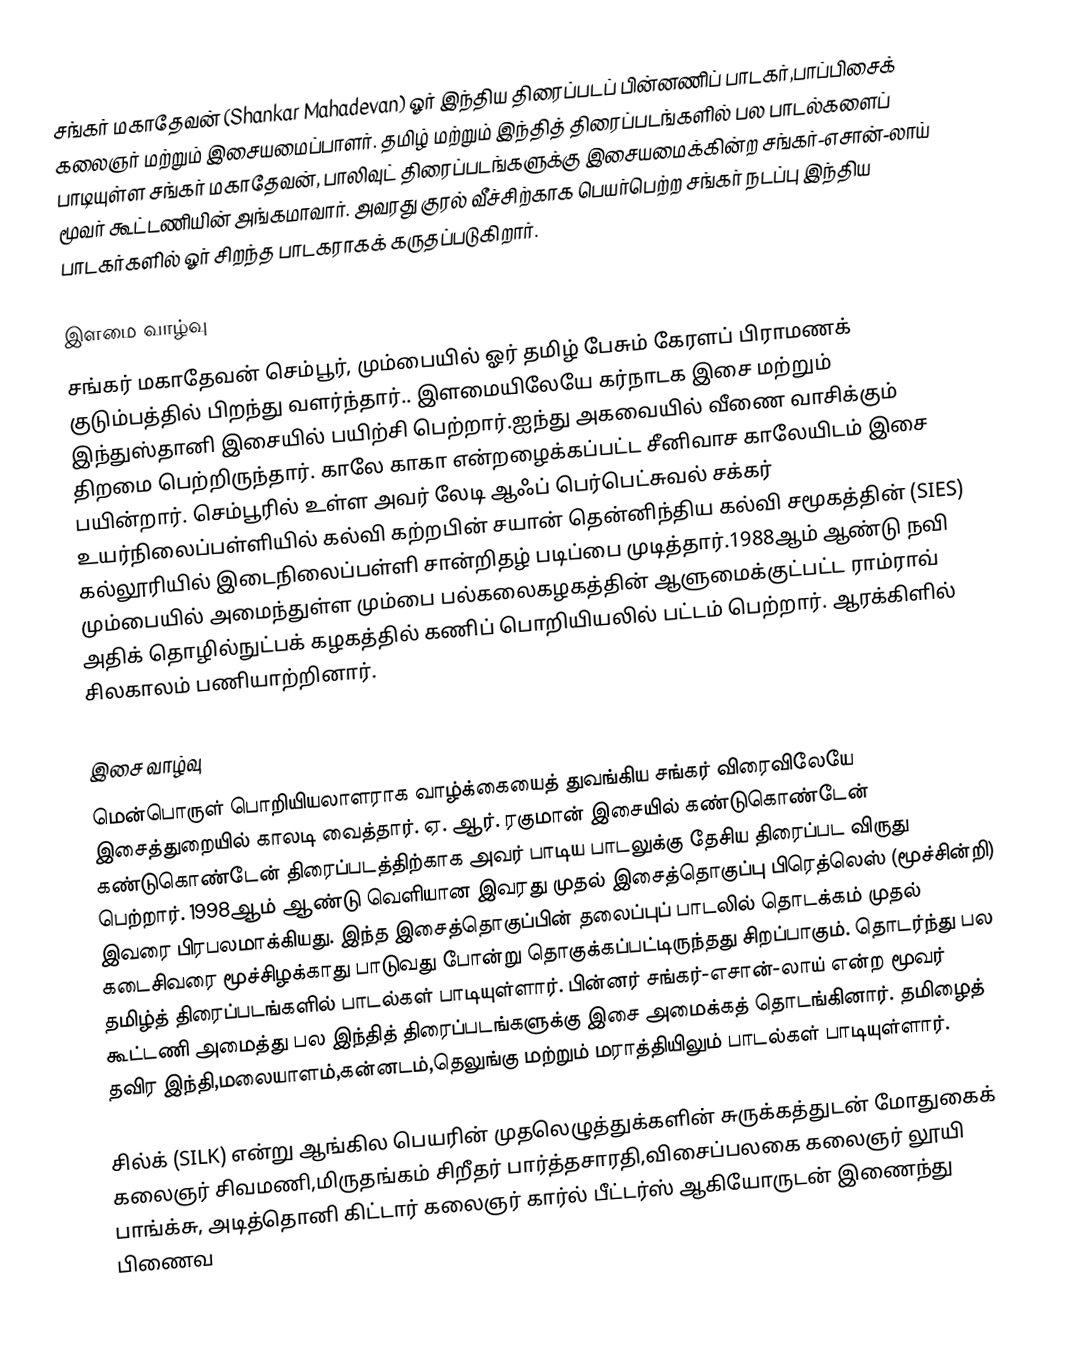
சங்கர் மகாதேவன் (Shankar Mahadevan) ஓர் இந்திய திரைப்படப் பின்னணிப் பாடகர்,பாப்பிசைக் கலைஞர் மற்றும் இசையமைப்பாளர். தமிழ் மற்றும் இந்தித் திரைப்படங்களில் பல பாடல்களைப் பாடியுள்ள சங்கர் மகாதேவன், பாலிவுட் திரைப்படங்களுக்கு இசையமைக்கின்ற சங்கர்-எசான்-லாய் மூவர் கூட்டணியின் அங்கமாவார்.  அவரது குரல் வீச்சிற்காக பெயர்பெற்ற சங்கர் நடப்பு இந்திய பாடகர்களில் ஓர் சிறந்த பாடகராகக் கருதப்படுகிறார்.

இளமை வாழ்வு
சங்கர் மகாதேவன் செம்பூர், மும்பையில் ஓர்  தமிழ் பேசும் கேரளப் பிராமணக் குடும்பத்தில் பிறந்து வளர்ந்தார்.. இளமையிலேயே கர்நாடக இசை மற்றும் இந்துஸ்தானி இசையில் பயிற்சி பெற்றார்.ஐந்து அகவையில் வீணை வாசிக்கும் திறமை பெற்றிருந்தார்.  காலே காகா என்றழைக்கப்பட்ட சீனிவாச காலேயிடம் இசை பயின்றார். செம்பூரில் உள்ள அவர் லேடி ஆஃப் பெர்பெட்சுவல் சக்கர் உயர்நிலைப்பள்ளியில் கல்வி கற்றபின் சயான் தென்னிந்திய கல்வி சமூகத்தின் (SIES) கல்லூரியில் இடைநிலைப்பள்ளி சான்றிதழ் படிப்பை முடித்தார்.1988ஆம் ஆண்டு நவி மும்பையில் அமைந்துள்ள மும்பை பல்கலைகழகத்தின் ஆளுமைக்குட்பட்ட ராம்ராவ் அதிக் தொழில்நுட்பக் கழகத்தில் கணிப் பொறியியலில் பட்டம் பெற்றார். ஆரக்கிளில் சிலகாலம் பணியாற்றினார்.

இசை வாழ்வு
மென்பொருள் பொறியியலாளராக வாழ்க்கையைத் துவங்கிய சங்கர் விரைவிலேயே இசைத்துறையில் காலடி வைத்தார். ஏ. ஆர். ரகுமான் இசையில் கண்டுகொண்டேன் கண்டுகொண்டேன் திரைப்படத்திற்காக அவர் பாடிய பாடலுக்கு தேசிய திரைப்பட விருது பெற்றார். 1998ஆம் ஆண்டு வெளியான இவரது முதல் இசைத்தொகுப்பு பிரெத்லெஸ் (மூச்சின்றி) இவரை பிரபலமாக்கியது. இந்த இசைத்தொகுப்பின் தலைப்புப் பாடலில் தொடக்கம் முதல் கடைசிவரை மூச்சிழக்காது பாடுவது போன்று தொகுக்கப்பட்டிருந்தது சிறப்பாகும். தொடர்ந்து பல தமிழ்த் திரைப்படங்களில் பாடல்கள் பாடியுள்ளார். பின்னர் சங்கர்-எசான்-லாய் என்ற மூவர் கூட்டணி அமைத்து பல இந்தித் திரைப்படங்களுக்கு இசை அமைக்கத் தொடங்கினார். தமிழைத் தவிர இந்தி,மலையாளம்,கன்னடம்,தெலுங்கு மற்றும் மராத்தியிலும் பாடல்கள் பாடியுள்ளார்.

சில்க் (SILK) என்று ஆங்கில பெயரின் முதலெழுத்துக்களின் சுருக்கத்துடன் மோதுகைக் கலைஞர் சிவமணி,மிருதங்கம் சிறீதர் பார்த்தசாரதி,விசைப்பலகை கலைஞர் லூயி பாங்க்சு, அடித்தொனி கிட்டார் கலைஞர் கார்ல் பீட்டர்ஸ் ஆகியோருடன் இணைந்து பிணைவ